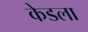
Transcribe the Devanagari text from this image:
केडला